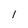
Character: l